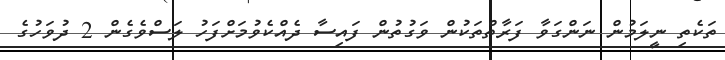
ތަކެތި ނީލަމުން ނަންގަވާ ފަރާތްތަކުން ވަގުތުން ފައިސާ ދެއްކެވުމަށްފަހު ލަސްވެގެން 2 ދުވަހުގެ